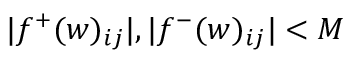
| f ^ { + } ( w ) _ { i j } | , | f ^ { - } ( w ) _ { i j } | < M